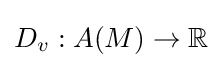
D_{v}:A(M)\rightarrow \mathbb {R}